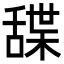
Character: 䑜